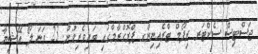
ޖަސްޓިސް ސެކްޓަރ ރިފޯމް ޓްރެއިނިންގ ޕްރޮގްރާމްގައި ބައިވެރިވުން. 23 ވަނަ ލޯ އޭޝިޔާ